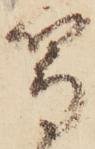
鷹